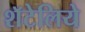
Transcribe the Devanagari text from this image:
शॅटेलिये